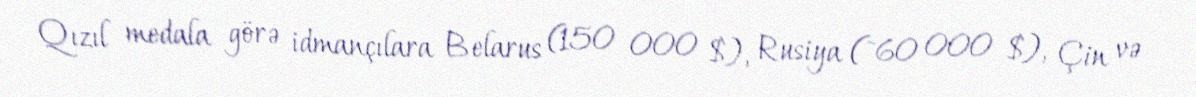
Qızıl medala görə idmançılara Belarus (150 000 $), Rusiya (~60 000 $), Çin və